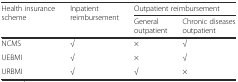
| <ROWSPAN=2> Health insurance scheme | <ROWSPAN=2> Inpatient reimbursement | <COLSPAN=2> Outpatient reimbursement |
 | General outpatient | Chronic diseases outpatient |
 | --- | --- | --- | --- |
 | NCMS | √ | × | √ |
 | UEBMI | √ | × | √ |
 | URBMI | √ | √ | × |